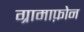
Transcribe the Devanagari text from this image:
ग्रामाफ़ोन